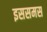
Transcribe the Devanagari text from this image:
इससमस